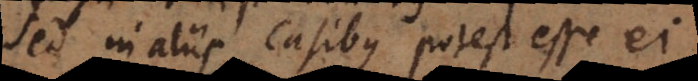
sed in aliis casibus potest esse ei